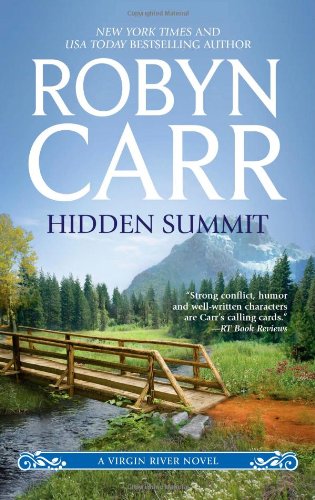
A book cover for Hidden Summit (A Virgin River Novel); Robyn Carr; Literature & Fiction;